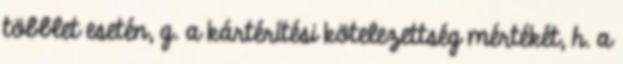
többlet esetén, g. a kártérítési kötelezettség mértékét, h. a